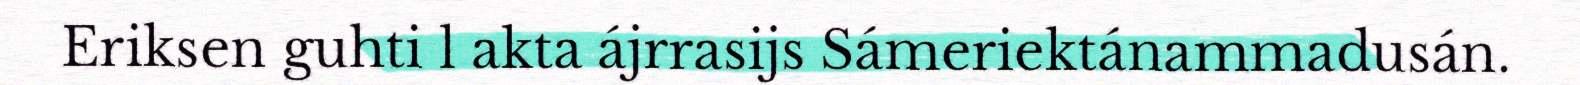
Eriksen guhti l akta ájrrasijs Sámeriektánammadusán.